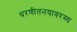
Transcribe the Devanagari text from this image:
धरणीतनयावरस्य